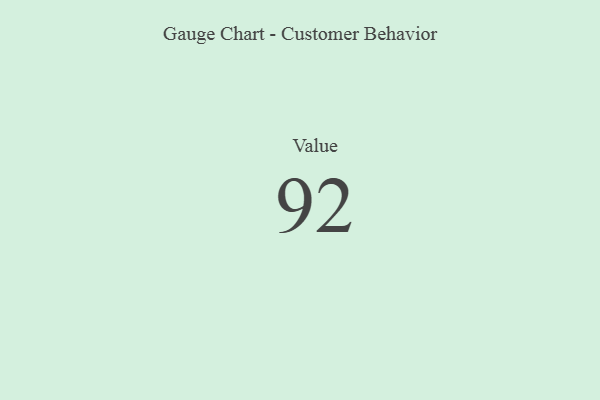
{"axis": {"x": "Metric", "y": "Value"}, "legend": [""], "data": [{"x": "Value", "y": 92, "type": ""}]}